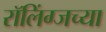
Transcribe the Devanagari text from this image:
रॉलिंग्जच्या